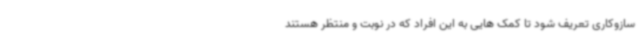
سازوکاری تعریف شود تا کمک هایی به این افراد که در نوبت و منتظر هستند